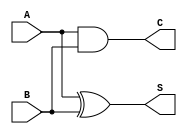
`timescale 1ns / 1ps
//////////////////////////////////////////////////////////////////////////////////
// Company: 
// Engineer: 
// 
// Design Name: 
// Module Name: ha
// Project Name: 
// Target Devices: 
// Tool Versions: 
// Description: 
// 
// Dependencies: 
// 
// Revision:
// Revision 0.01 - File Created
// Additional Comments:
// 
//////////////////////////////////////////////////////////////////////////////////


module ha(
    
    input A,B,
    output S,C

    );
    
    xor x1(S,A,B);
    and x2(C,A,B);
    
    
endmodule